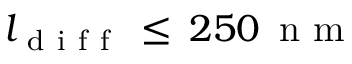
l _ { \mathrm { ~ d ~ i ~ f ~ f ~ } } \, \leq \, 2 5 0 \, \mathrm { ~ n ~ m ~ }